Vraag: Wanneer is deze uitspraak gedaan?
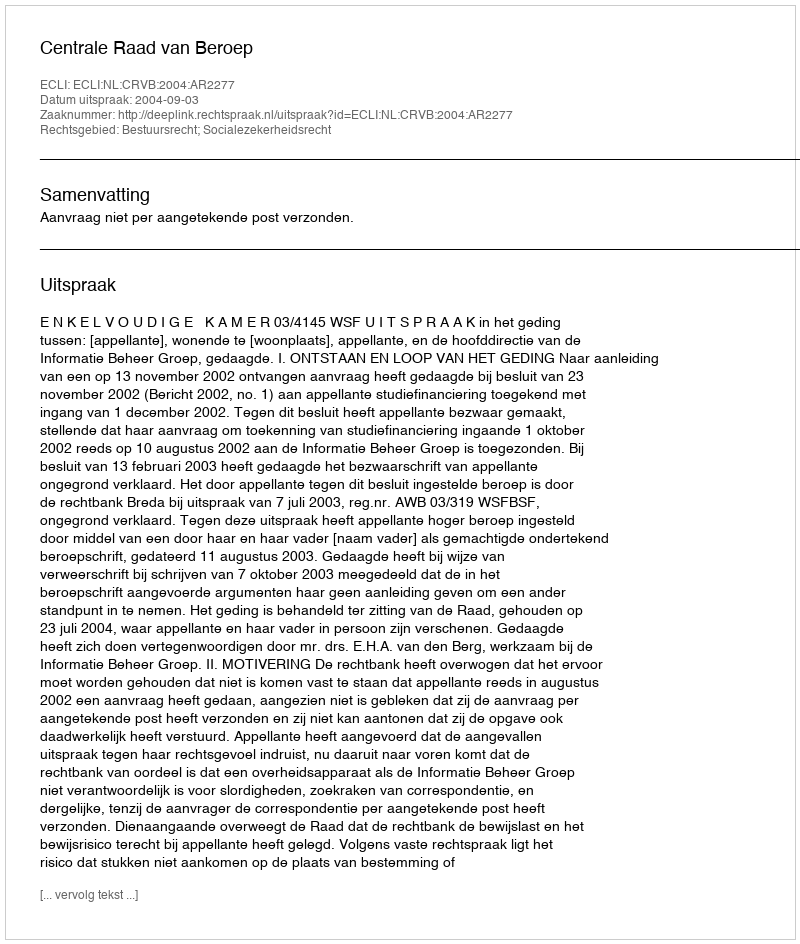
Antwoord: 2004-09-03